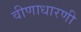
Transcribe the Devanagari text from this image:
वीणाधारणी